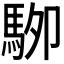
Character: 𱄖